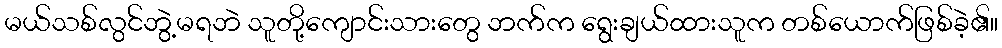
မယ်သစ်လွင်ဘွဲ့မရဘဲ သူတို့ကျောင်းသားတွေ ဘက်က ရွေးချယ်ထားသူက တစ်ယောက်ဖြစ်ခဲ့၏။